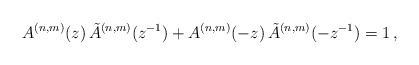
\begin{align*} A^{(n,m)}(z) \, \tilde A^{(n,m)}(z^{-1})+A^{(n,m)}(-z) \, \tilde A^{(n,m)}(-z^{-1})=1\,, \end{align*}